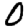
Digit: 0